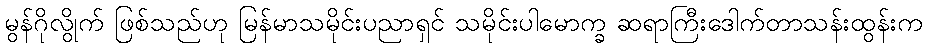
မွန်ဂိုလွိုက် ဖြစ်သည်ဟု မြန်မာသမိုင်းပညာရှင် သမိုင်းပါမောက္ခ ဆရာကြီးဒေါက်တာသန်းထွန်းက